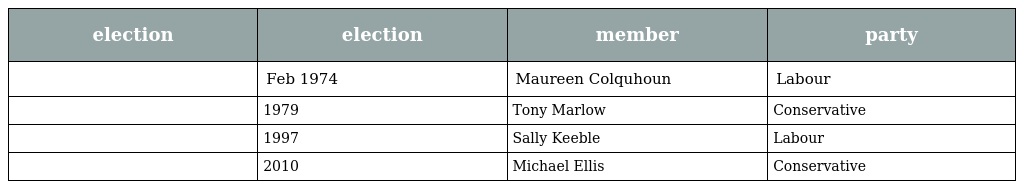
| election | election | member | party |
 | --- | --- | --- | --- |
 |  | Feb 1974 | Maureen Colquhoun | Labour |
 |  | 1979 | Tony Marlow | Conservative |
 |  | 1997 | Sally Keeble | Labour |
 |  | 2010 | Michael Ellis | Conservative |